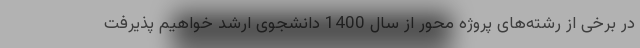
در برخی از رشته‌های پروژه محور از سال 1400 دانشجوی ارشد خواهیم پذیرفت